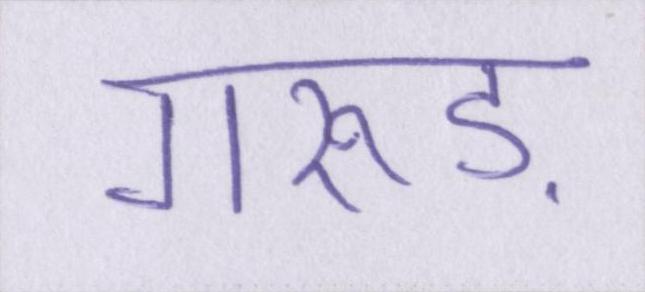
गरुड़